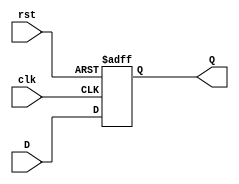
`timescale 1ns / 1ps

module Dflipflop(
output reg Q,
input D,   
input clk,rst // clk -> clock, rst -> reset
    );
    always @(posedge clk,posedge rst) begin
    
        if (rst) 
            Q <= 1'b0;  //if reset is 1, assign output to 0

        else 
           Q <= D; //non-blocking assign statement, assign output to D
    end
endmodule